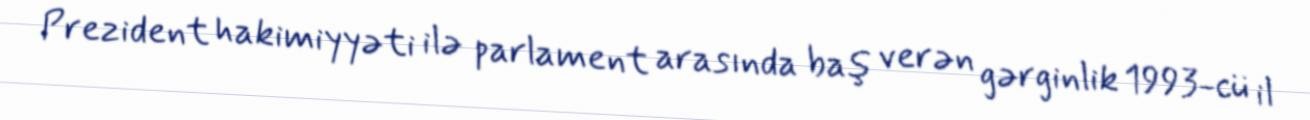
Prezident hakimiyyəti ilə parlament arasında baş verən gərginlik 1993-cü il